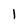
Character: I